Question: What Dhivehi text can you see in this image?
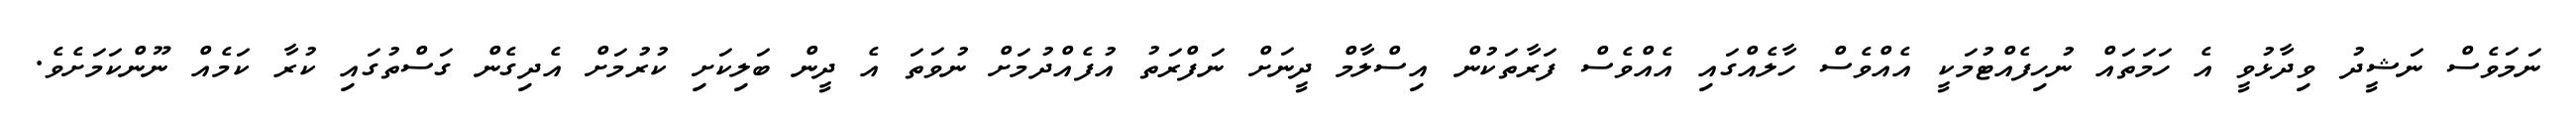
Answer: ނަމަވެސް ނަޝީދު ވިދާޅުވީ އެ ހަމަތައް ނުހިފެއްޓުމަކީ އެއްވެސް ހާލެއްގައި އެއްވެސް ފަރާތަކުން އިސްލާމް ދީނަށް ނަފްރަތު އުފެއްދުމަށް ނުވަތަ އެ ދީން ބަލިކަށި ކުރުމަށް އެދިގެން ގަސްތުގައި ކުރާ ކަމެއް ނޫންކަމަށެވެ.